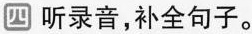
四 听录音,补全句子。